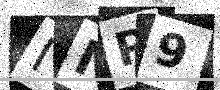
Text: INP9